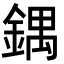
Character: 鍝